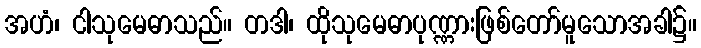
အဟံ၊ ငါသုမေဓာသည်။ တဒါ၊ ထိုသုမေဓာပုဏ္ဏားဖြစ်တော်မူသောအခါ၌။